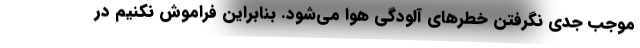
موجب جدی نگرفتن خطرهای آلودگی هوا می‌شود. بنابراین فراموش نکنیم در